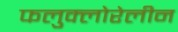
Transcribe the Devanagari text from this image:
फलुक्‍लोरेलीन